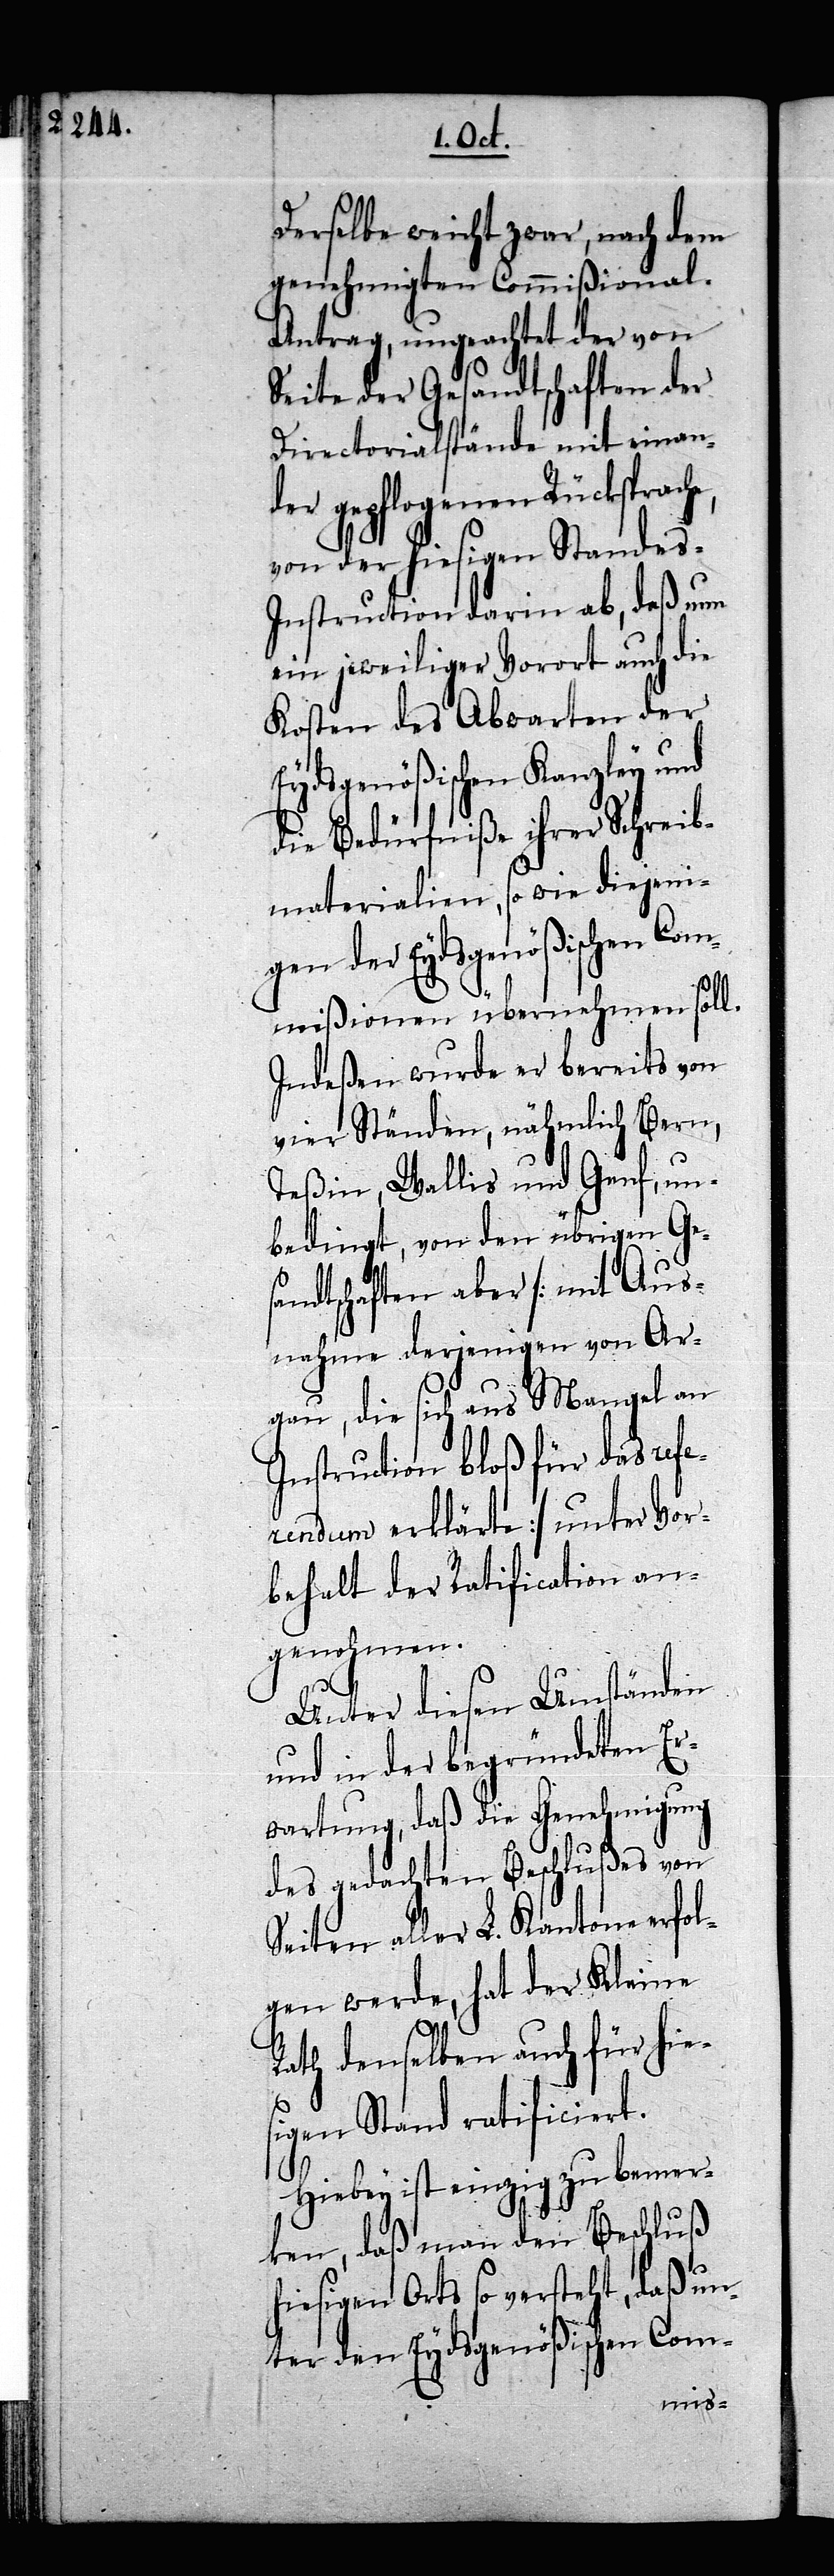
Derselbe weicht zwar, nach dem
genehmigten Commißional-A¬
ntrag, ungeachtet der von
Seite der Gesandtschaften der
Directorialstände mit einan¬
der gepflogenen Rücksprache,
von der hiesigen Standes-I¬
nstruction ab, daß nun
ein jeweiliger Vorort auch die
Kosten des Abwarten der
Eydsgenößischen Kanzley und
die Bedürfniße ihrer Schreib¬
materialien, so wie diejeni¬
gen der Eydsgenößischen Com¬
mißionen übernehmen soll.
Indeßen wurde er bereits von
vier Ständen, nähmlich Bern,
Teßin, Wallis und Genf, un¬
bedingt, von den übrigen Ges¬
andtschaften aber [mit Aus¬
nahme derjenigen von Ar¬
gau, die sich aus Mangel an
Instruction bloß für das refer¬
endum erklärte] unter Vor¬
behalt der Ratification an¬
genohmen.
Unter diesen Umständen
und in der begründeten Er¬
wartung, daß die Genehmigung
des gedachten Beschlußes von
Seiten aller L. Kantone erfol¬
gen werde, hat der Kleine
Rath denselben auch für hie¬
sigen Stand ratificiert.
Hiebey ist einzig zu bemer¬
ken, daß man den Beschluß
hiesigen Orts so versteht, daß un¬
ter den Eydsgenößischen Com-